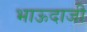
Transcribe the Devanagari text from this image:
भाऊदाजी